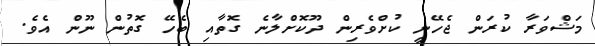
މަޝްވަރާ ކުރަން ޖެހޭނީ ކުށްވެރިން ދޫކޮށްލާނެ ގޮތާއި ބެހޭ ގޮތުން ނޫން އެވެ.